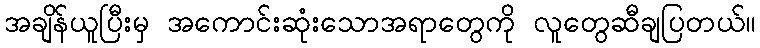
အချိန်ယူပြီးမှ အကောင်းဆုံးသောအရာတွေကို လူတွေဆီချပြတယ်။